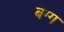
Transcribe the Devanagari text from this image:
बग्ग